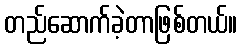
တည်ဆောက်ခဲ့တာဖြစ်တယ်။